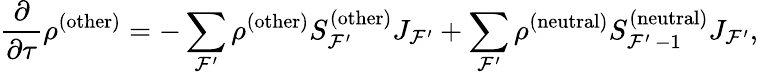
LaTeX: \frac{\partial}{\partial\tau}\rho^{(\mathrm{other})}=-\sum_{\mathcal{F}^{\prime}}\rho^{(\mathrm{other})}S_{\mathcal{F^{\prime}}}^{(\mathrm{other})}J_{\mathcal{F}^{\prime}}+\sum_{\mathcal{F}^{\prime}}\rho^{(\mathrm{neutral})}S_{\mathcal{F}^{\prime}\, -1}^{(\mathrm{neutral})}J_{\mathcal{F}^{\prime}},